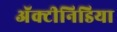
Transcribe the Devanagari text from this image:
अॅक्टीनिडिया